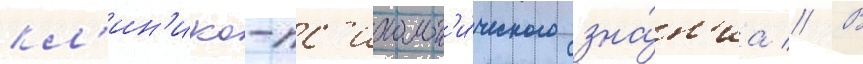
кл'ин'ико-пс'ихолог'и́ческого зна́н'иа // В